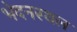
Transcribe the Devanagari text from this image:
भेदनस्थल